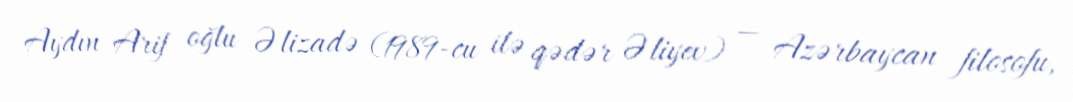
Aydın Arif oğlu Əlizadə (1989-cu ilə qədər Əliyev) — Azərbaycan filosofu,